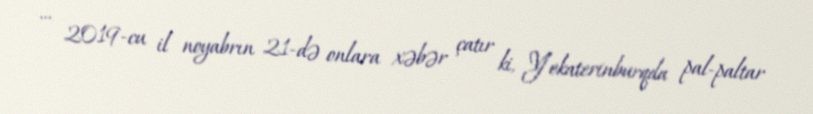
… 2019-cu il noyabrın 21-də onlara xəbər çatır ki, Yekaterinburqda pal-paltar